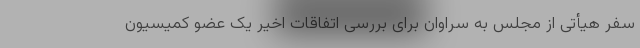
سفر هیأتی از مجلس به سراوان برای بررسی اتفاقات اخیر یک عضو کمیسیون